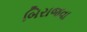
બિરાજવા